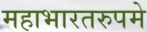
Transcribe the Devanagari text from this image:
महाभारतरुपमे